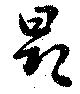
昂